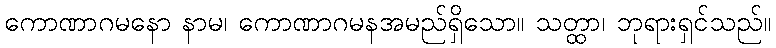
ကောဏာဂမနော နာမ၊ ကောဏာဂမနအမည်ရှိသော။ သတ္ထာ၊ ဘုရားရှင်သည်။